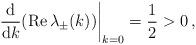
LaTeX: \begin{align*}\left.\frac{\mathrm{d}}{\mathrm{d}k}(\mathrm{Re}\,\lambda_{\pm}(k))\right|_{k=0} = \frac{1}{2}>0\,,\end{align*}